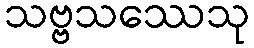
သဗ္ဗသဿေသု